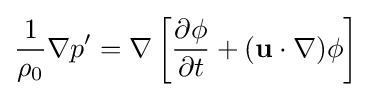
{\frac {1}{\rho _{0}}}\nabla p'=\nabla \left[{\frac {\partial \phi }{\partial t}}+(\mathbf {u} \cdot \nabla )\phi \right]